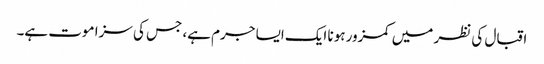
اقبال کی نظر میں کمزور ہونا ایک ایسا جرم ہے، جس کی سزا موت ہے۔